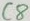
Text: C8